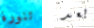
تنورة بعد